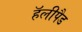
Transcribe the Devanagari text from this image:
हॅलीपैड